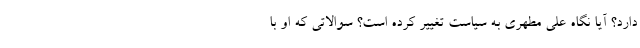
دارد؟ آیا نگاه علی مطهری به سیاست تغییر کرده است؟ سوالاتی که او با